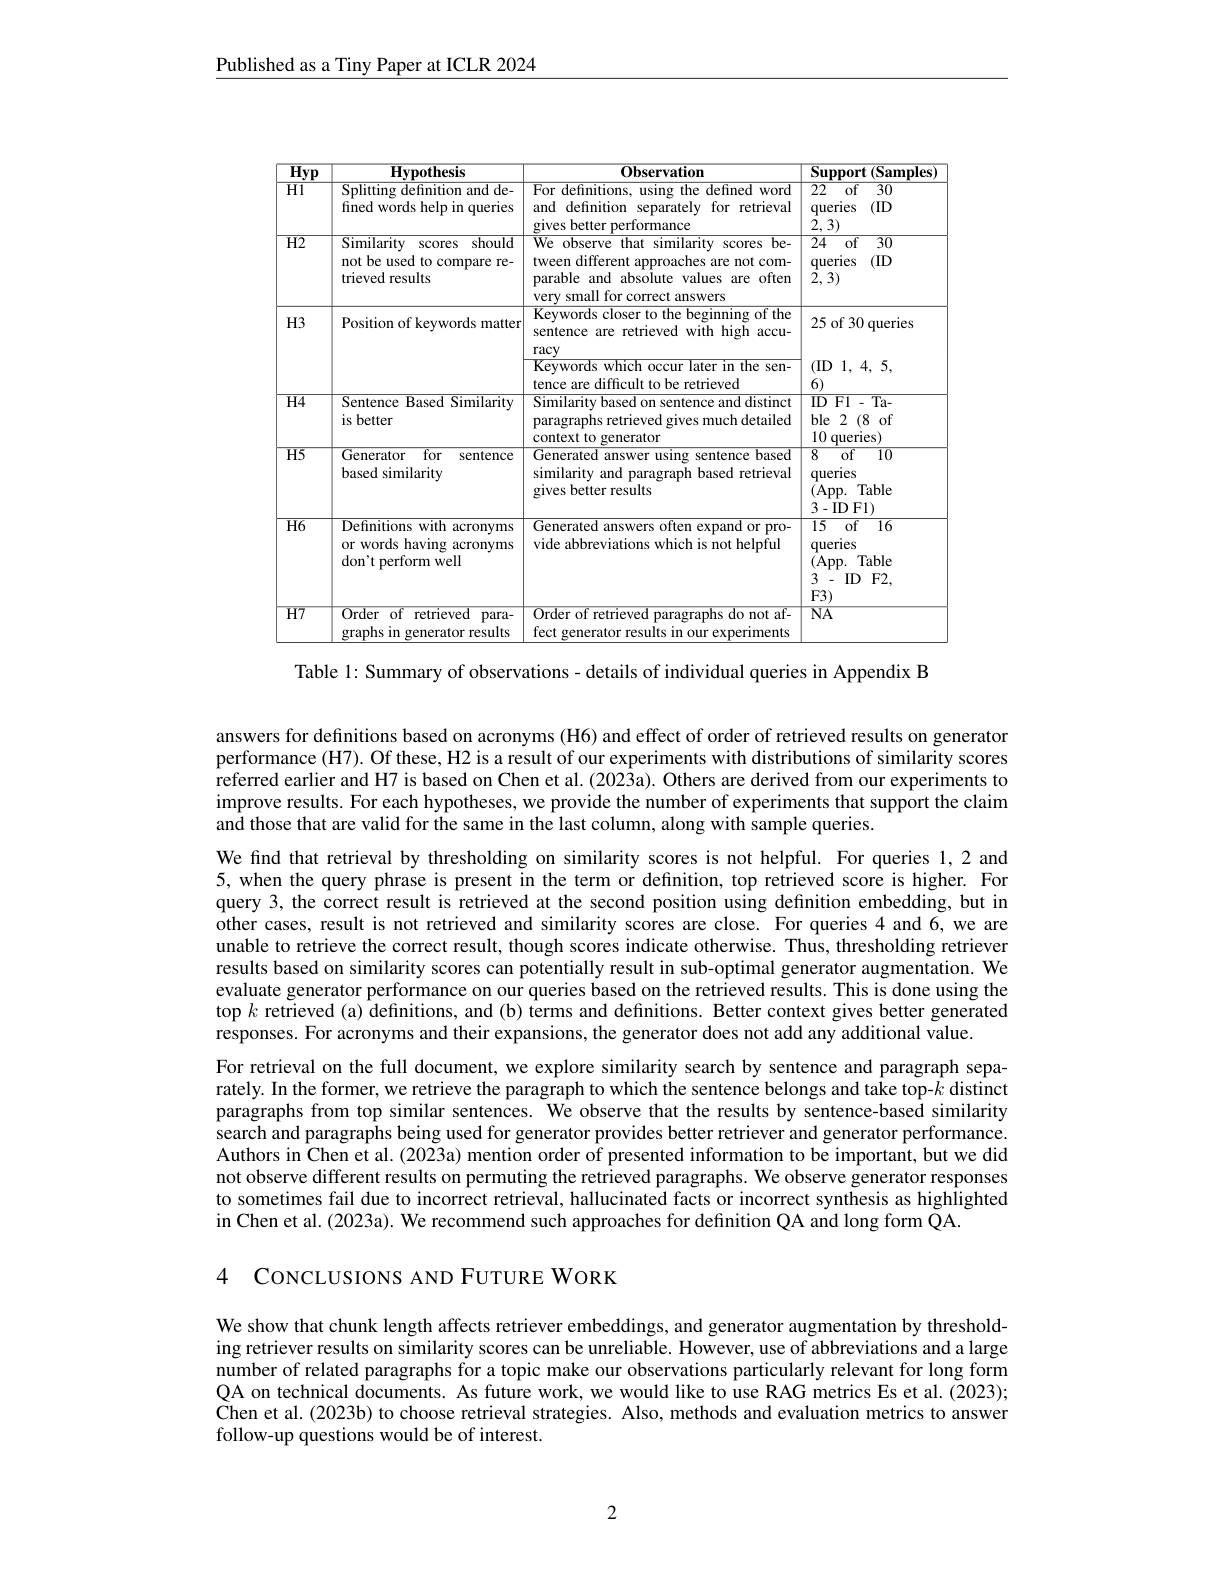
Published as a Tiny Paper at ICLR 2024

<table>
	<tbody>
		<tr>
			<th>$\overline{\mathbf{Hyp}}$</th>
			<th>$\mathbf{Hvpothesis}$</th>
			<th>$0bservation$</th>
			<th>Support $(\mathbf{Samples})$</th>
		</tr>
		<tr>
			<td>T $\overline{HI}$</td>
			<td>Splitting definition and de- fined words help in queries</td>
			<td>For definitions, using the defined word and definition separately for retrieval gives better performance</td>
			<td>$\overline{22}$ $\overline{\mathrm{of}}$ $\overline{30}$ (ID queries 2,3)</td>
		</tr>
		<tr>
			<td>$\overline{H2}$</td>
			<td>$\overline{{\mathrm{Similarity}}}$ scores should not be used to compare re- trieved results</td>
			<td>$\overline{\text{We observe that similarity scores be-}}$ tween different approaches are not com- parable and absolute values are often very small for correct answers</td>
			<td>$\overline{24}$ of $\overline{30}$ (ID queries $\bar{2},3)$</td>
		</tr>
		<tr>
			<td>$H3$</td>
			<td>Position of keywords matter</td>
			<td>Keywords closer to the beginning of the sentence are retrieved with high accu- racy Keywords which occur later in the sen-</td>
			<td>25 of 30 queries (ID 1, 4, 5,</td>
		</tr>
		<tr>
			<td>$\overline{H4}$</td>
			<td>$\overline{\mathrm{Sentence~Based~Similarity}}$ is better</td>
			<td>Similarity based on sentence and distinct paragraphs retrieved gives much detailed context to generator</td>
			<td>ID $\overline{{\mathrm{Fl}\cdot\mathrm{Ta-}}}$ ble 2 (8 8 of , 、 10 , queries)</td>
		</tr>
		<tr>
			<td>$\overline{H5}$</td>
			<td>Generator $\overline{{\mathrm{for}}}$ sentence based similarity</td>
			<td>Generated answer using sentence based similarity and paragraph based retrieval gives better results</td>
			<td>8 $\overline{of}$ $\overline{10}$ queries (App. Table 3-ID Fl)</td>
		</tr>
		<tr>
			<td>$\overline{H6}$</td>
			<td>Definitions with acronyms or words having acronyms don't perform well</td>
			<td>Generated answers often expand or pro- vide abbreviations which is not helpful</td>
			<td>15 $\overline{\mathrm{of}}$ $\overline{16}$ queries (App. Table 3 . ID $F2$, $F3)$</td>
		</tr>
		<tr>
			<td>$\overline{H7}$</td>
			<td>$\mathop{\mathrm{Order~of}}$ retrieved $para-$ graphs in generator results 15</td>
			<td>Order of retrieved paragraphs do not af- fect generator results in our experiments</td>
			<td>$I$ $NA$</td>
		</tr>
	</tbody>
</table>
Table 1: Summary of observations - details of individual queries in Appendix B

answers for definitions based on acronyms (H6) and effect of order of retrieved results on generator performance (H7). Of these, H2 is a result of our experiments with distributions of similarity scores referred earlier and H7 is based on Chen et al. (2023a). Others are derived from our experiments to improve results. For each hypotheses, we provide the number of experiments that support the claim and those that are valid for the same in the last column, along with sample queries.
We find that retrieval by thresholding on similarity scores is not helpful. For queries 1,2 and 5,when the query phrase is present in the term or defnition, top retrieved score is higher. For query 3, the correct result is retrieved at the second position using definition embedding, but in other cases, result is not retrieved and similarity scores are close. For queries 4 and 6, we are unable to retrieve the correct result, though scores indicate otherwise. Thus, thresholding retriever results based on similarity scores can potentially result in sub-optimal generator augmentation. We evaluate generator performance on our queries based on the retrieved results. This is done using the top $k$ retrieved (a) definitions, and (b) terms and definitions. Better context gives better generated responses. For acronyms and their expansions, the generator does not add any additional value.
For retrieval on the full document, we explore similarity search by sentence and paragraph separately. In the former, we retrieve the paragraph to which the sentence belongs and take top-$\hat{k}$ distinct paragraphs from top similar sentences. We observe that the results by sentence-based similarity search and paragraphs being used for generator provides better retriever and generator performance. Authors in Chen et al. (2023a) mention order of presented information to be important, but we did not observe different results on permuting the retrieved paragraphs. We observe generator responses to sometimes fail due to incorrect retrieval, hallucinated facts or incorrect synthesis as highlighted in Chen et al. (2023a). We recommend such approaches for definition QA and long form $\tilde{\mathrm{Q}}$A.

4 CONCLUSIONS AND FUTURE WORK

We show that chunk length affects retriever embeddings, and generator augmentation by thresholding retriever results on similarity scores can be unreliable. However, use of abbreviations and a large number of related paragraphs for a topic make our observations particularly relevant for long form QA on technical documents. As future work, we would like to use RAG metrics Es et al. (2023); Chen et al. (2023b) to choose retrieval strategies. Also, methods and evaluation metrics to answer follow-up questions would be of interest.

2